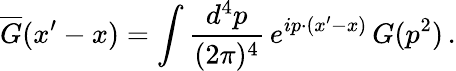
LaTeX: \overline{{{G}}}(x^{\prime}-x)=\int\frac{d^{4}p}{(2\pi)^{4}}\, e^{ip\cdot(x^{\prime}-x)}\, G(p^{2})\, .